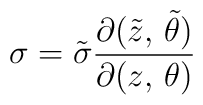
\sigma={\tilde \sigma}\frac{\partial ({\tilde z},\,{\tilde \theta})}{\partial (z,\,\theta)}